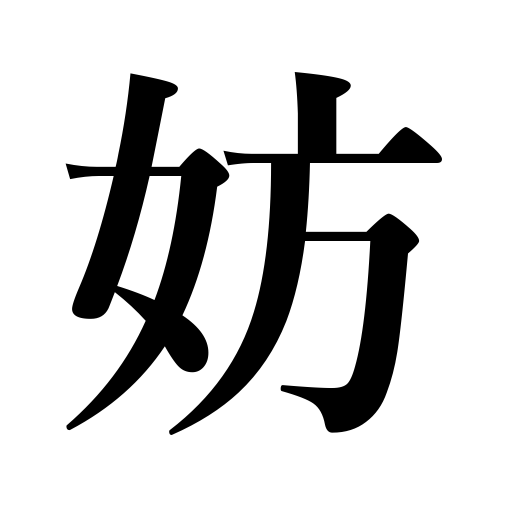
Meanings: hinder,hamper,obstruct,disturb,prevent